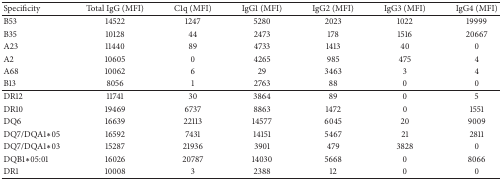
| Specificity | Total IgG (MFI) | C1q (MFI) | IgG1 (MFI) | IgG2 (MFI) | IgG3 (MFI) | IgG4 (MFI) |
 | --- | --- | --- | --- | --- | --- | --- |
 | B53 | 14522 | 1247 | 5280 | 2023 | 1022 | 19999 |
 | B35 | 10128 | 44 | 2473 | 178 | 1516 | 20667 |
 | A23 | 11440 | 89 | 4733 | 1413 | 40 | 0 |
 | A2 | 10605 | 0 | 4265 | 985 | 475 | 4 |
 | A68 | 10062 | 6 | 29 | 3463 | 3 | 4 |
 | B13 | 8056 | 1 | 2763 | 88 | 0 | 0 |
 | DR12 | 11741 | 30 | 3864 | 89 | 0 | 5 |
 | DR10 | 19469 | 6737 | 8863 | 1472 | 0 | 1551 |
 | DQ6 | 16639 | 22113 | 14577 | 6045 | 20 | 9009 |
 | DQ7/DQA1∗05 | 16592 | 7431 | 14151 | 5467 | 21 | 2811 |
 | DQ7/DQA1∗03 | 15287 | 21936 | 3901 | 479 | 3828 | 0 |
 | DQB1∗05:01 | 16026 | 20787 | 14030 | 5668 | 0 | 8066 |
 | DR1 | 10008 | 3 | 2388 | 12 | 0 | 0 |